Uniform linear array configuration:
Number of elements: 64
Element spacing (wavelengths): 0.5
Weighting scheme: blackman
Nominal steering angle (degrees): -60
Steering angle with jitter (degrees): -60.282
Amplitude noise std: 0.05
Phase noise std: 0.05

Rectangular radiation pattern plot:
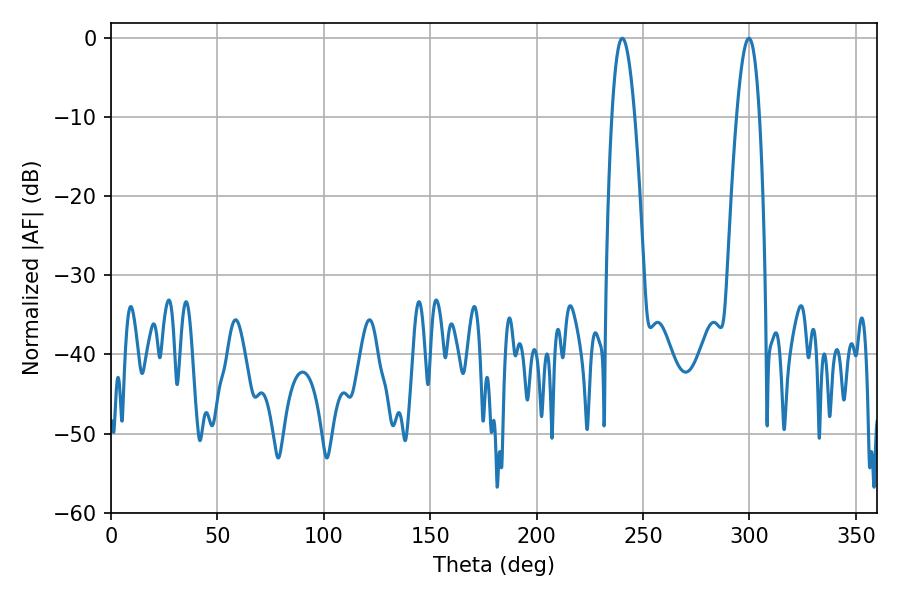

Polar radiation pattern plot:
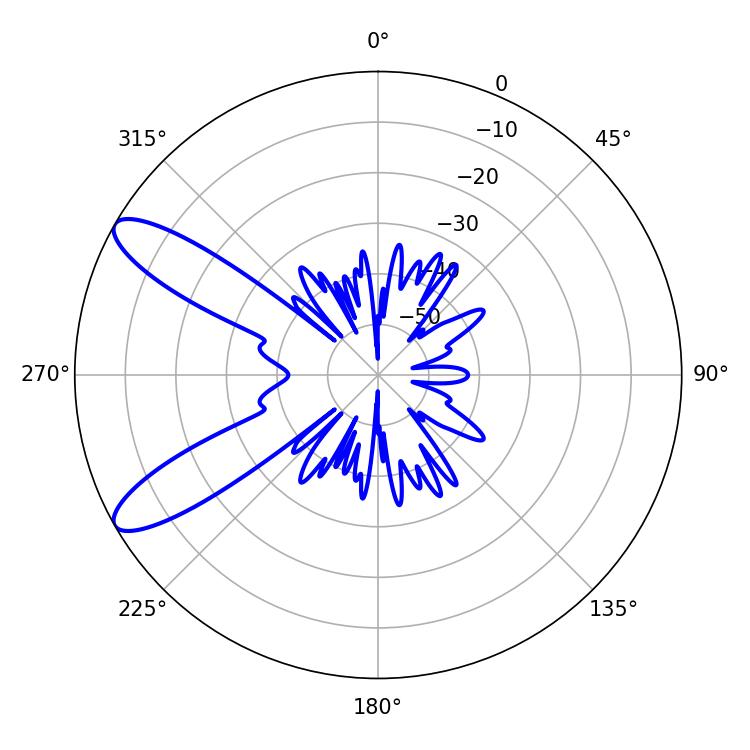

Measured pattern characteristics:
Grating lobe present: FALSE
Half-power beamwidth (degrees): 5.94
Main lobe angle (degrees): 299.7